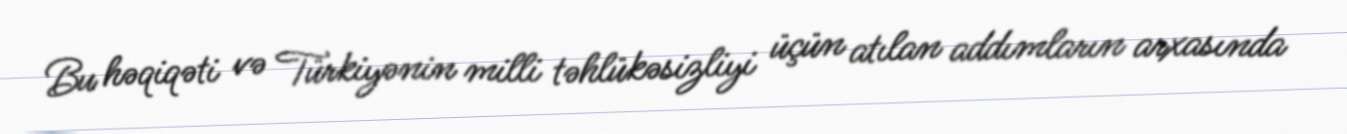
Bu həqiqəti və Türkiyənin milli təhlükəsizliyi üçün atılan addımların arxasında